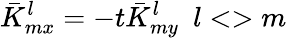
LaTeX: \bar{K}_{mx}^{l}=-t\bar{K}_{my}^{l}~~l<>m